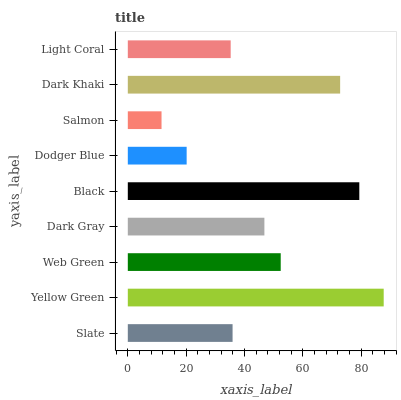
| yaxis_label | bars |
 | --- | --- |
 | Slate | 35.9 |
 | Yellow Green | 87.7 |
 | Web Green | 52.4 |
 | Dark Gray | 46.8 |
 | Black | 79.4 |
 | Dodger Blue | 20.2 |
 | Salmon | 11.6 |
 | Dark Khaki | 72.8 |
 | Light Coral | 35.3 |